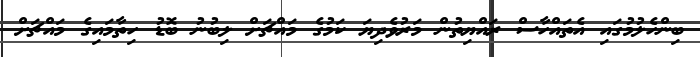
ބިންހެލުމުގައި އެތައްހާސް ރައްޔިތުން މަރުވެދިޔަ ކަމުގެ މައްޗަށް ލިބުނު ބޮޑު ހިތާމައިގެ މައްޗަށް